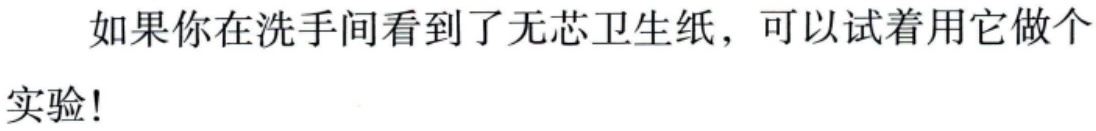
如果你在洗手间看到了无芯卫生纸，可以试着用它做个实验!